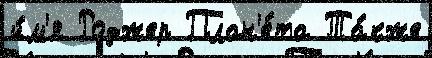
и́м'я Роджер План'е́та Та́кже